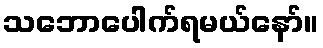
သဘောပေါက်ရမယ်နော်။